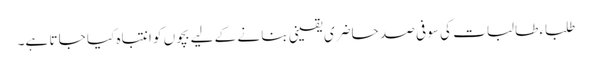
طلباء طالبات کی سو فی صد حاضری یقینی بنا نے کے لیے بچوں کو انتباہ کیا جا تا ہے۔